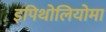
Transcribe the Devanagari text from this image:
इपिथोलियोमा